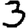
Digit: 3